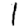
Digit: 1